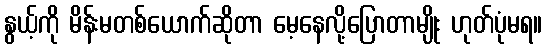
နွယ့်ကို မိန်းမတစ်ယောက်ဆိုတာ မေ့နေလို့ပြောတာမျိုး ဟုတ်ပုံမရ။